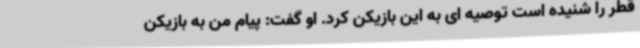
قطر را شنیده است توصیه ای به این بازیکن کرد. او گفت: پیام من به بازیکن